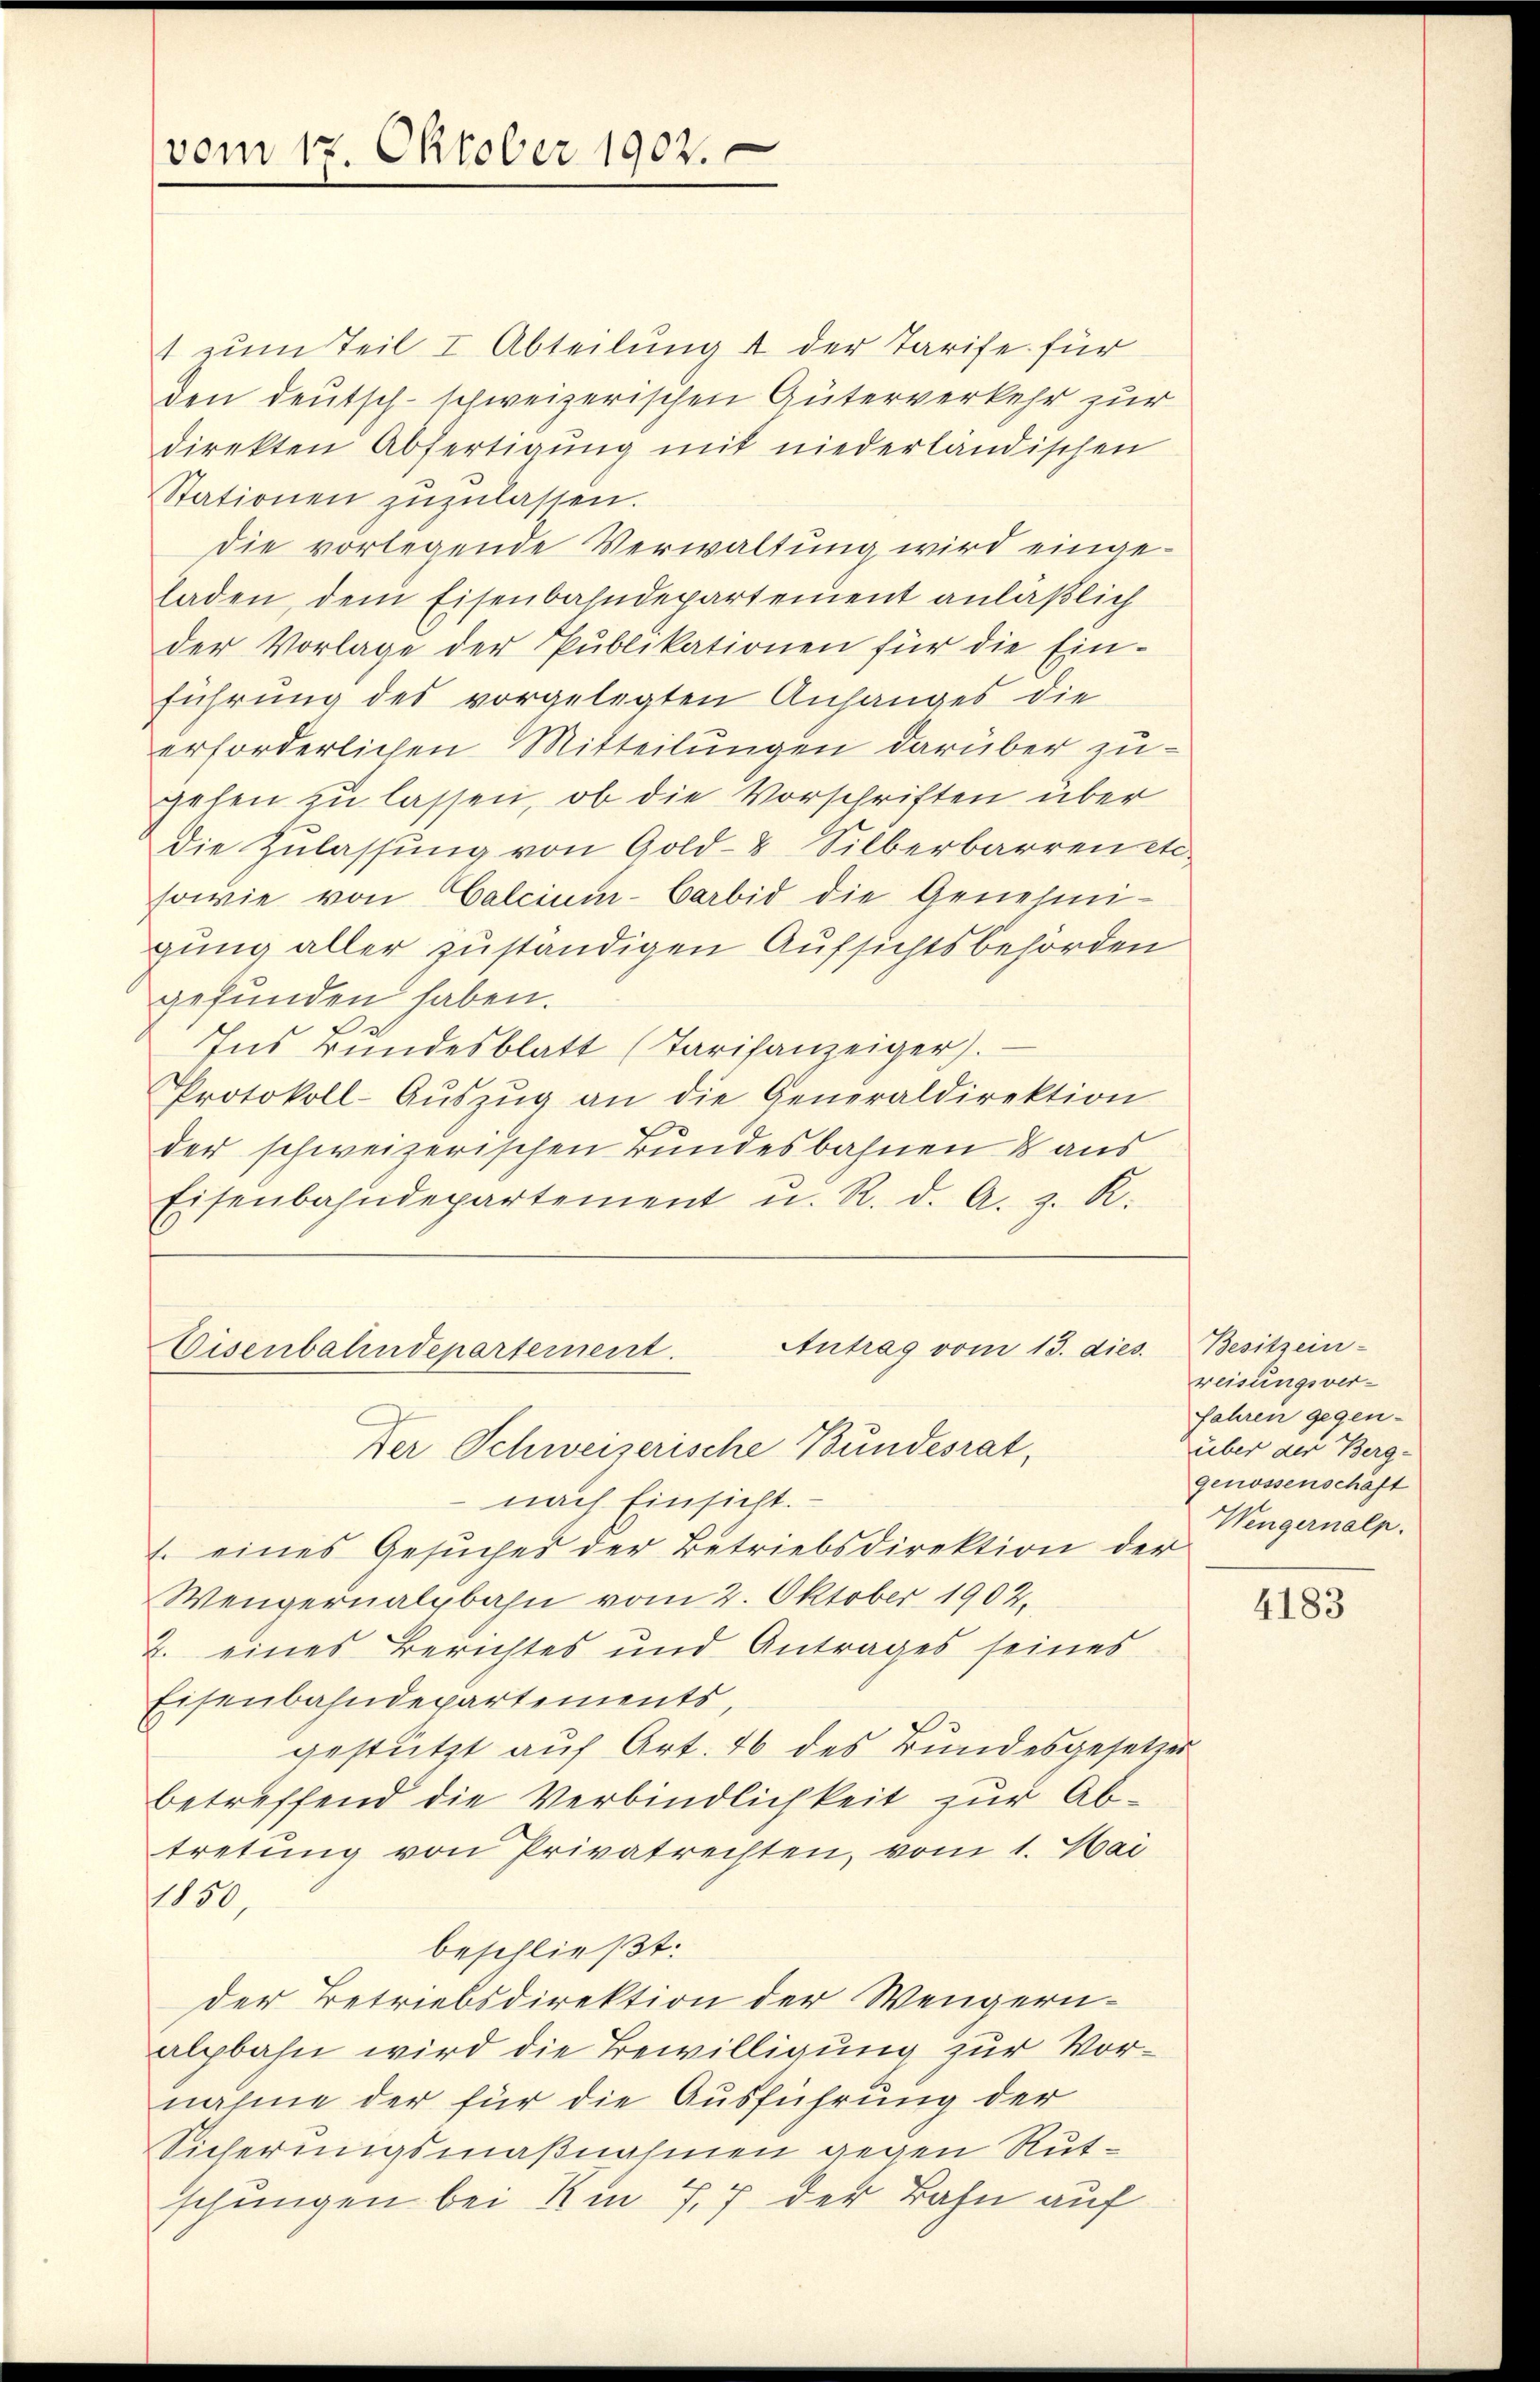
vom 12. Oktober 1902.

t zum Teil I Abteilung 4 der Tarife für
den deutsch-schweizerischen Güterverkehr zur
direkten Abfertigung mit niederländischen
Stationen zŭzŭlassen.
die vorlegende Verwaltung wird eingeladen, dem Eisenbahndepartement anläßlich
der Vorlage der Publikationen für die Ein-
führung des vorgelegten Anhanges die
erforderlichen Mitteilungen darüber zugehen zu lassen, ob die Vorschriften über
Die Zulassung von Gold- & Silberbarren etc.
sowie von Calcium-Carbid die Genehmigung aller zuständigen Aufsichtsbehörden
gefunden haben.
Ins Bundesblatt (Tarifanzeiger).
Protokoll-Aŭszŭg an die Generaldirektion
der schweizerischen Bundesbahnen & aus
Eisenbahndepartement u. R. d. A. z. R.

Antrag vom 13. dies
Eisenbahndepartement.
Der Schweizerische Bundesrat,

nach Einsicht.
1. eines Gesuches der Betriebsdirektion der
Wengernalgbahn vom 2. Oktober 1902.
2. eines Berichtes und Antrages seines
Eisenbahndepartements,
gestützt auf Art. 46 des Bundesgesetzes
betreffend die Verbindlichkeit zur Abtretung von Privatrechten, vom 1. Mai
1150
beschließt:
der Betriebsdirektion der Wengern-
alpbahn wird die Bewilligung zur Vornahme der für die Ausführung der
Sicherungsmaßnahmen gegen Rutschungen bei Um 77 der Bahn auf

Besitzein-
reisungsver-
Jahren gegen-
über der Berg-
genossenschaft
Wengernalp.

4183